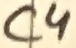
Text: C4